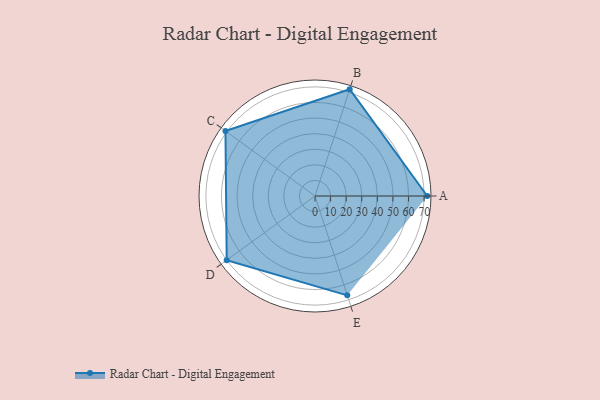
{"axis": {"x": "Skill", "y": "Score"}, "legend": ["Profile"], "data": [{"x": "A", "y": 72.0, "type": "Profile"}, {"x": "B", "y": 72.0, "type": "Profile"}, {"x": "C", "y": 71.0, "type": "Profile"}, {"x": "D", "y": 70.0, "type": "Profile"}, {"x": "E", "y": 67.0, "type": "Profile"}]}